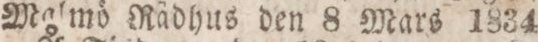
Malmö Rädhus den 8 Mars 1834